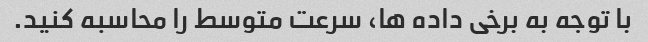
با توجه به برخی داده ها، سرعت متوسط را محاسبه کنید.